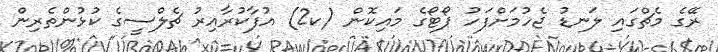
ރޭގެ މެޗްގައި ލަނޑު ޖެހުމަށްފަހު ޕޯޓޯގެ މައިކޮން (ކ2) އުފާކުރާއިރު ޗެލްސީގެ ކުޅުންތެރިން